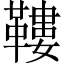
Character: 鞻